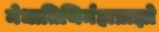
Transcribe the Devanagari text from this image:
मेधातिथिर्महाप्राज्ञो